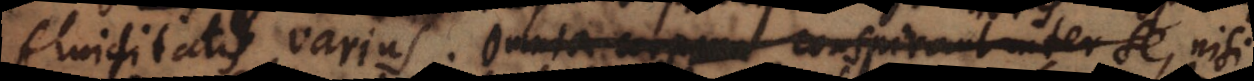
fluiditatis varius. Omnia corpora conspirant inter se, nisi